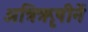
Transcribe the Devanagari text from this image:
अत्रिॠषीनें